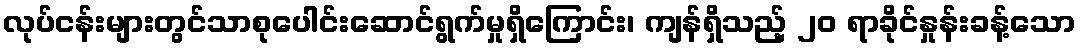
လုပ်ငန်းများတွင်သာစုပေါင်းဆောင်ရွက်မှုရှိကြောင်း၊ ကျန်ရှိသည့် ၂၀ ရာခိုင်နှုန်းခန့်သော